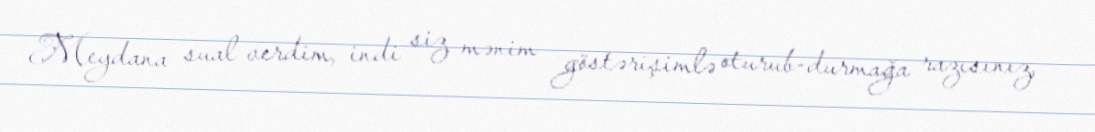
Meydana sual verdim, indi siz mənim göstərişimlə oturub-durmağa razısınız,